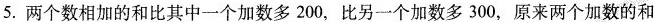
5.两个数相加的和比其中一个加数多200，比另一个加数多300，原来两个加数的和